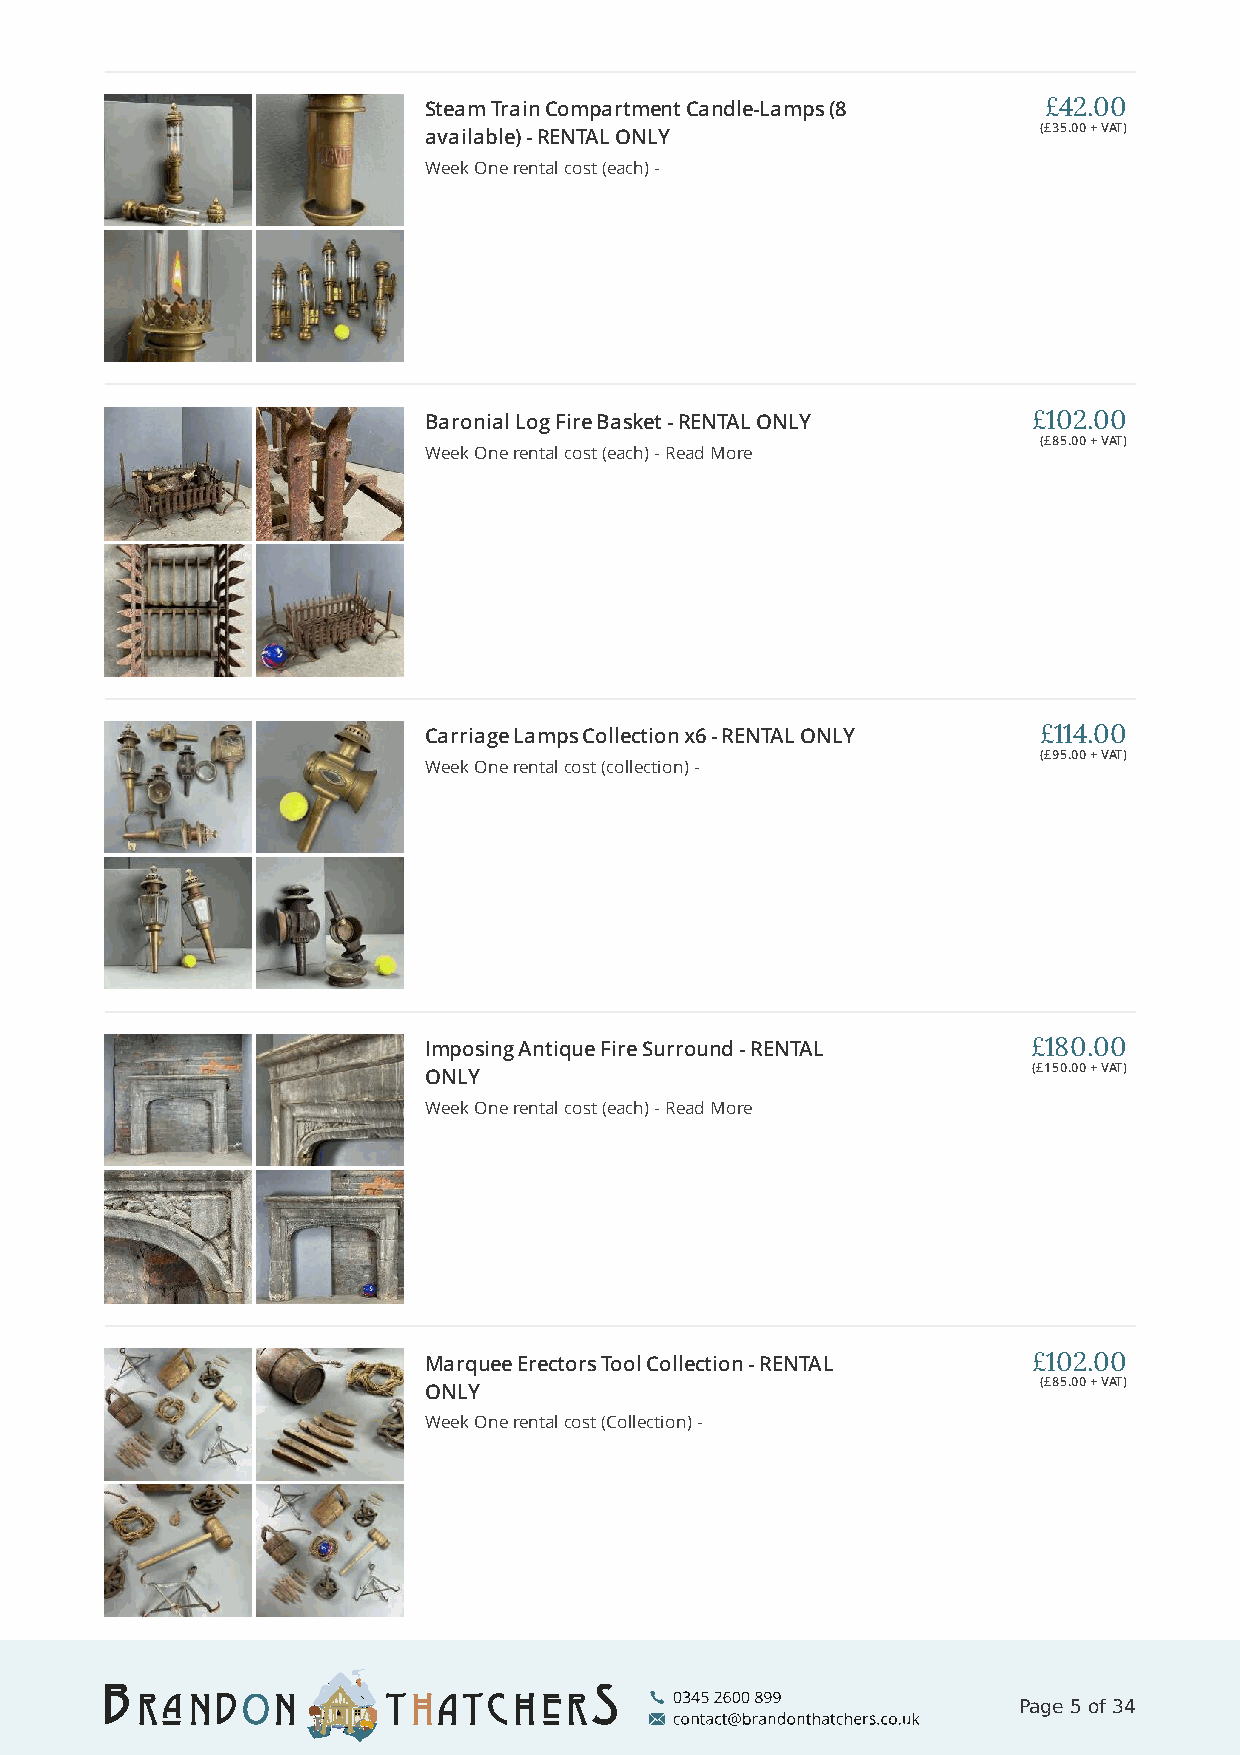
Steam Train Compartment Candle-Lamps (8  £42.00
 (£35.00 + VAT)
 available) - RENTAL ONLY
 Week One rental cost (each) -
 Baronial Log Fire Basket - RENTAL ONLY  £102.00
 (£85.00 + VAT)
 Week One rental cost (each) - Read More
 Carriage Lamps Collection x6 - RENTAL ONLY £114.00
 (£95.00 + VAT)
 Week One rental cost (collection) -
 Imposing Antique Fire Surround - RENTAL £180.00
 (£150.00 + VAT)
 ONLY
 Week One rental cost (each) - Read More
 Marquee Erectors Tool Collection - RENTAL £102.00
 (£85.00 + VAT)
 ONLY
 Week One rental cost (Collection) -
 Page 5 of 34